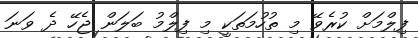
ފިލްމަށް ކުރެވޭ މި ތުހުމަތަކީ މި ފިލްމު ބަލަން ޖެހޭ ދެ ވަނަ